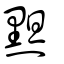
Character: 䵣